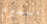
مسموم